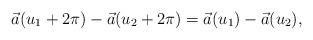
LaTeX: \begin{align*}\vec a(u_1+2\pi)-\vec a(u_2+2\pi)= \vec a(u_1)-\vec a(u_2),\end{align*}